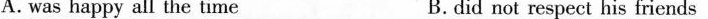
A.was happy all the time B.did not respect his friends